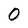
Character: 0